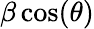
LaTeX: \beta\cos(\theta)